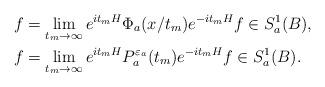
LaTeX: \begin{align*}&f=\lim_{t_m\to\infty}e^{it_mH}\Phi_a(x/t_m)e^{-it_mH}f\in S_a^1(B),\\&f=\lim_{t_m\to\infty}e^{it_mH}P_a^{{\varepsilon}_a}(t_m)e^{-it_mH}f\in S_a^1(B).\end{align*}